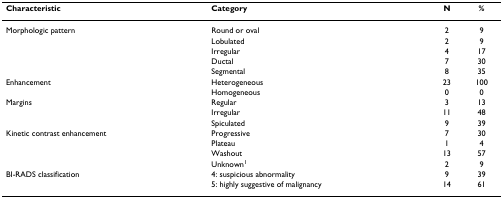
<table><thead><tr><td><b>Characteristic</b></td><td><b>Category</b></td><td><b>N</b></td><td><b>%</b></td></tr></thead><tbody><tr><td>Morphologic pattern</td><td>Round or oval</td><td>2</td><td>9</td></tr><tr><td></td><td>Lobulated</td><td>2</td><td>9</td></tr><tr><td></td><td>Irregular</td><td>4</td><td>17</td></tr><tr><td></td><td>Ductal</td><td>7</td><td>30</td></tr><tr><td></td><td>Segmental</td><td>8</td><td>35</td></tr><tr><td>Enhancement</td><td>Heterogeneous</td><td>23</td><td>100</td></tr><tr><td></td><td>Homogeneous</td><td>0</td><td>0</td></tr><tr><td>Margins</td><td>Regular</td><td>3</td><td>13</td></tr><tr><td></td><td>Irregular</td><td>11</td><td>48</td></tr><tr><td></td><td>Spiculated</td><td>9</td><td>39</td></tr><tr><td>Kinetic contrast enhancement</td><td>Progressive</td><td>7</td><td>30</td></tr><tr><td></td><td>Plateau</td><td>1</td><td>4</td></tr><tr><td></td><td>Washout</td><td>13</td><td>57</td></tr><tr><td></td><td>Unknown<sup>1</sup></td><td>2</td><td>9</td></tr><tr><td>BI-RADS classification</td><td>4: suspicious abnormality</td><td>9</td><td>39</td></tr><tr><td></td><td>5: highly suggestive of malignancy</td><td>14</td><td>61</td></tr></tbody></table>